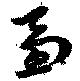
芻